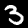
Label: 3